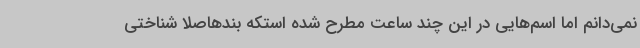
نمی‌دانم اما اسم‌هایی در این چند ساعت مطرح شده استکه بندهاصلا شناختی